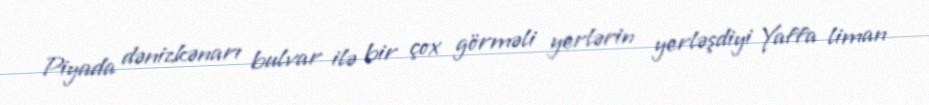
Piyada dənizkənarı bulvar ilə bir çox görməli yerlərin yerləşdiyi Yaffa liman